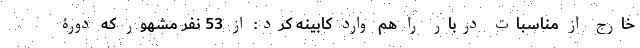
خارج از مناسبات دربار را هم وارد کابینه کرد: از 53 نفر مشهور که دورۀ